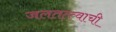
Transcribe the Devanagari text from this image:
जलतत्त्वाची